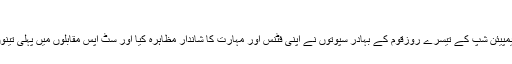
سِٹ اپس
دوسری انٹرنیشنل پیسزچیمپیئن شپ کے تیسرے روزقوم کے بہادر سپوتوں نے اپنی فٹنس اور مہارت کا شاندار مظاہرہ کیا اور سِٹ اپس مقابلوں میں پہلی تینوں پوزیشنز اپنے نام کیں ۔